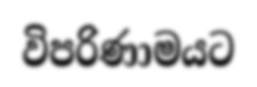
විපරිණාමයට